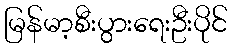
မြန်မာ့စီးပွားရေးဦးပိုင်